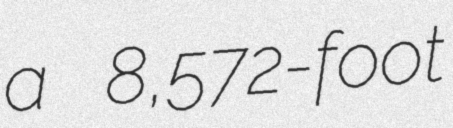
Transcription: a 8,572-foot